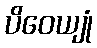
ပိဝေယျုံ